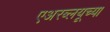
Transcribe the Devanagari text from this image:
एअरब्लयूच्या